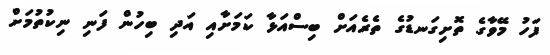
ފަހު މޭވާގެ ތޮށިގަނޑުގެ ތެރެއަށް ބިސްއަޅާ ކަމަށާއި އަދި ބިހުން ފަނި ނިކުތުމަށް